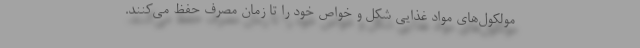
مولکول‌های مواد غذایی شکل و خواص خود را تا زمان مصرف حفظ می‌کنند.